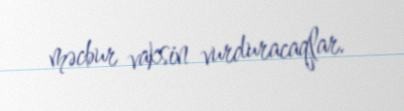
məcbur vaksin vurduracaqlar.